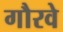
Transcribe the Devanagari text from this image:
गौरवे